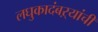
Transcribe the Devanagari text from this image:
लघुकादंबऱ्यांची